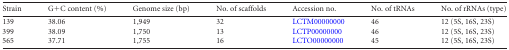
<table><thead><tr><td><b>Strain</b></td><td><b>G+C content (%)</b></td><td><b>Genome size (bp)</b></td><td><b>No. of scaffolds</b></td><td><b>Accession no.</b></td><td><b>No. of tRNAs</b></td><td><b>No. of rRNAs (type)</b></td></tr></thead><tbody><tr><td>139</td><td>38.06</td><td>1,949</td><td>32</td><td>LCTM00000000</td><td>46</td><td>12 (5S, 16S, 23S)</td></tr><tr><td>399</td><td>38.09</td><td>1,750</td><td>13</td><td>LCTP00000000</td><td>46</td><td>12 (5S, 16S, 23S)</td></tr><tr><td>565</td><td>37.71</td><td>1,755</td><td>16</td><td>LCTO00000000</td><td>45</td><td>12 (5S, 16S, 23S)</td></tr></tbody></table>